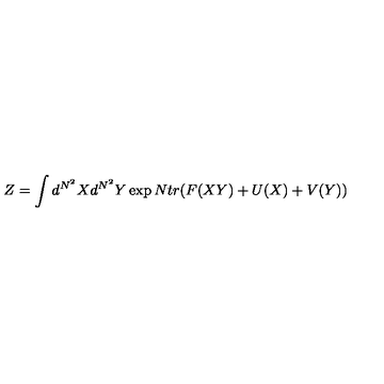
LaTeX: Z = \int d ^ { N ^ { 2 } } X d ^ { N ^ { 2 } } Y \exp N t r ( F ( X Y ) + U ( X ) + V ( Y ) )